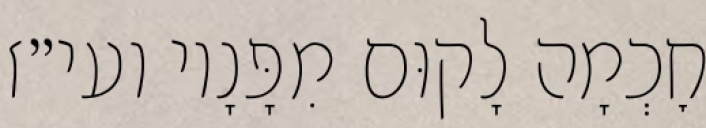
חׇכְמָה לָקוּם מִפָּנָיו ועי״ז